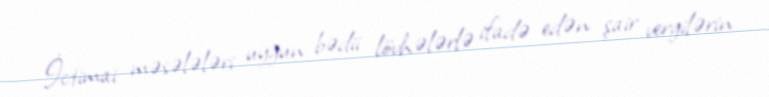
İctimai məsələləri uyğun bədii lövhələrlə ifadə edən şair vergilərin